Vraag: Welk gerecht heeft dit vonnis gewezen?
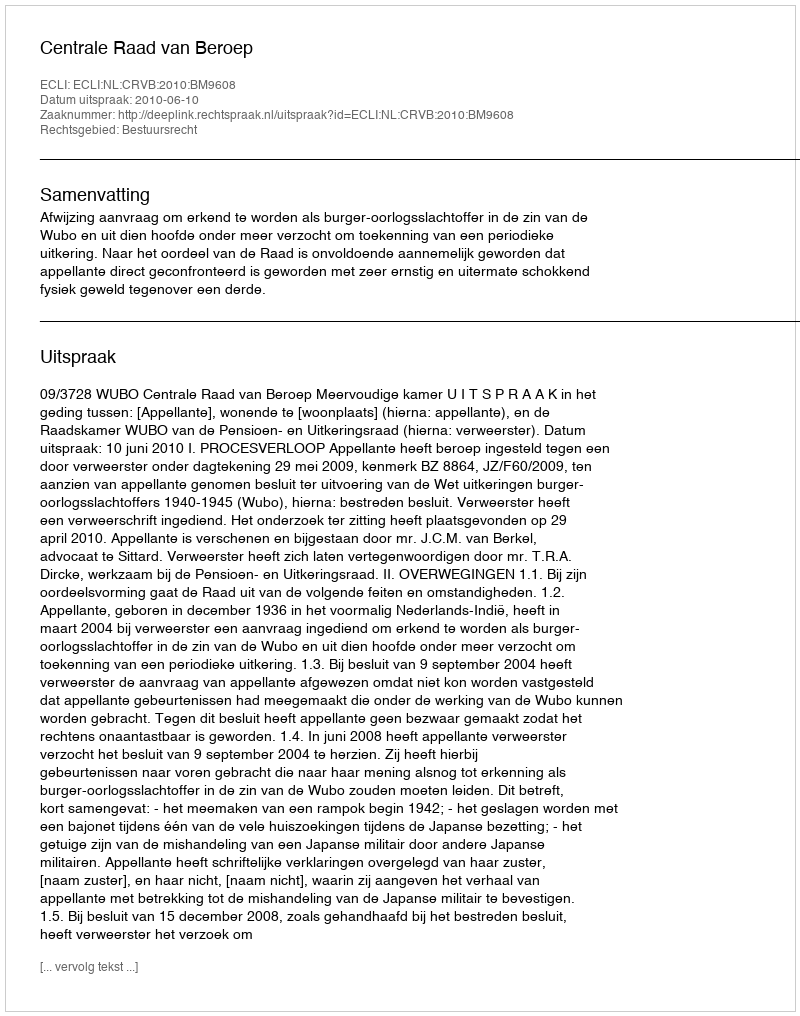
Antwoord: Centrale Raad van Beroep